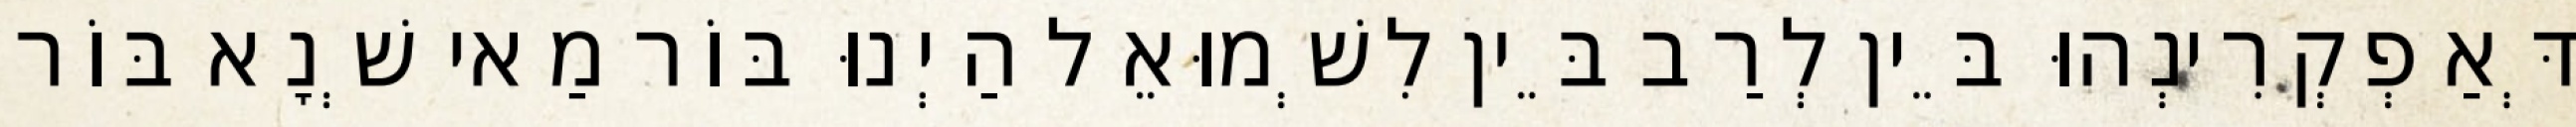
דְּאַפְקְרִינְהוּ בֵּין לְרַב בֵּין לִשְׁמוּאֵל הַיְנוּ בּוֹר מַאי שְׁנָא בּוֹר